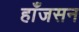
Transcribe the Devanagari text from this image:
हाँजसन